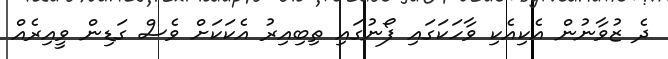
ދެ ޒުވާނުން އެކިއެކި ވާހަކަގައި ފޯނުގައި ތިބިއިރު އެކަކަށް ވެސް ގަޑިން ވީއިރެއް